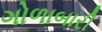
ગોળાબારી